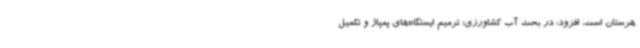
هرستان است، افزود: در بحث آب کشاورزی؛ ترمیم ایستگاه‌های پمپاژ و تکمیل